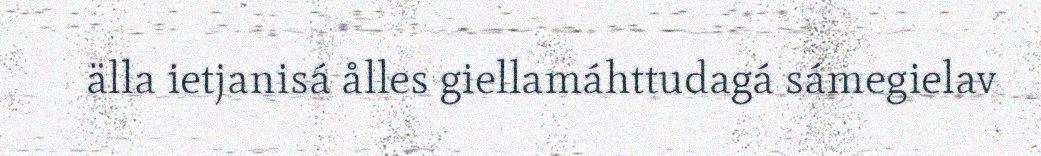
älla ietjanisá ålles giellamáhttudagá sámegielav